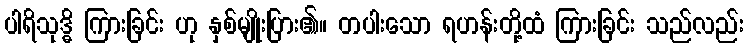
ပါရိသုဒ္ဓိ ကြားခြင်း ဟု နှစ်မျိုးပြား၏။ တပါးသော ရဟန်းတို့ထံ ကြားခြင်း သည်လည်း